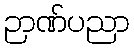
ဉာဏ်ပညာ